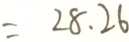
= 2 8 . 2 6